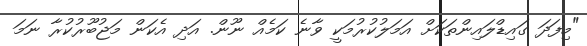
"މިފަދަ ގައިޑްލައިންތަކަށް އަމަލުކުރުމަކީ ވާނެ ކަމެއް ނޫން. އަދި އެކަން މަޖުބޫރުކުރާ ނަމަ